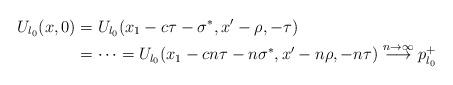
LaTeX: \begin{align*}U_{l_0}(x,0)&=U_{l_0}(x_1-c\tau-\sigma^*,x'-\rho,-\tau)\\&=\cdots=U_{l_0}(x_1-cn\tau-n\sigma^*,x'-n\rho,-n\tau)\overset{n\rightarrow\infty}{\longrightarrow} p^+_{l_0}\end{align*}